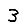
Digit: 3